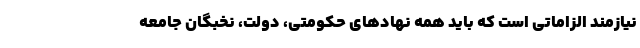
نیازمند الزاماتی است که باید همه نهادهای حکومتی، دولت، نخبگان جامعه